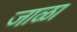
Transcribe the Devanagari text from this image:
जाळा